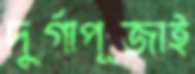
দুর্গাপূজাই